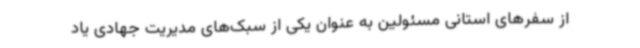
از سفرهای استانی مسئولین به عنوان یکی از سبک‌های مدیریت جهادی یاد